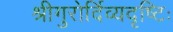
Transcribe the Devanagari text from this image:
श्रीगुरोर्दिव्यदृष्टिः